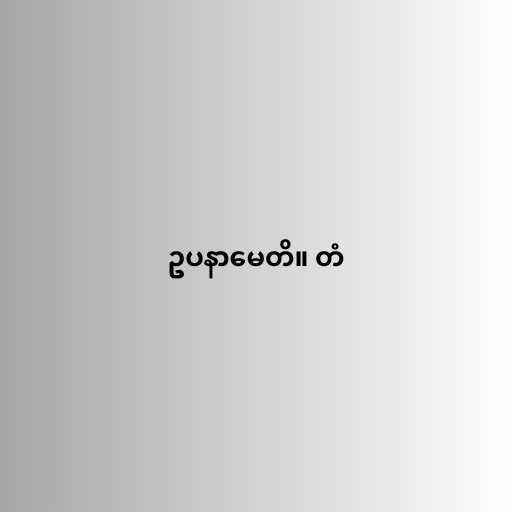
ဥပနာမေတိ။ တံ